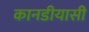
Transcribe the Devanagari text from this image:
कानडीयासी